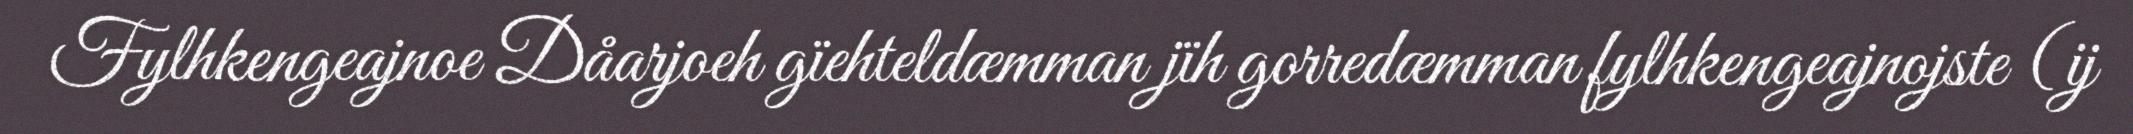
Fylhkengeajnoe Dåarjoeh gïehteldæmman jïh gorredæmman fylhkengeajnojste (ij